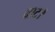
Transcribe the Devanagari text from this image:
वाट।